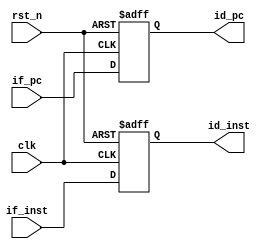
`timescale 1ns / 1ps
//////////////////////////////////////////////////////////////////////////////////
// Company: 
// Engineer: 
// 
// Design Name: 
// Module Name: if_id
// Project Name: 
// Target Devices: 
// Tool Versions: 
// Description: 
// 
// Dependencies: 
// 
// Revision:
// Revision 0.01 - File Created
// Additional Comments:
// 
//////////////////////////////////////////////////////////////////////////////////


module if_id(
    input              clk,
    input              rst_n,
    input [31:0]       if_pc,
    input [31:0]       if_inst,
    output reg [31:0]  id_pc,
    output reg [31:0]  id_inst
    );
    
always @ (posedge clk or negedge rst_n) begin
    if(~rst_n) begin
        id_pc <= 32'b0;
        id_inst <= 32'b0;
    end
    else begin
        id_pc <= if_pc;
        id_inst <= if_inst;
    end
end
endmodule